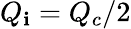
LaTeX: Q_{\mathbf{i}}=Q_{c}/2